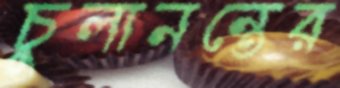
চুলানন্তের